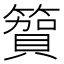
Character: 𮆓